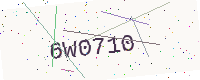
Text: 6W0710